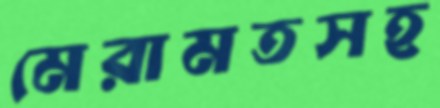
মেরামতসহ